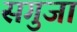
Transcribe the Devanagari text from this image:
सगुजा